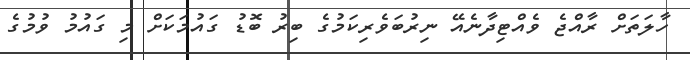
ހާލަތަށް ރާއްޖެ ވެއްޓިދާނެއޭ ނިރުބަވެރިކަމުގެ ބިރު ބޮޑު ގައުމަކަށް މި ގައުމު ވުމުގެ